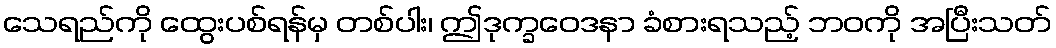
သေရည်ကို ထွေးပစ်ရန်မှ တစ်ပါး၊ ဤဒုက္ခဝေဒနာ ခံစားရသည့် ဘဝကို အပြီးသတ်